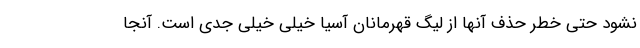
نشود حتی خطر حذف آنها از لیگ قهرمانان آسیا خیلی خیلی جدی است. آنجا